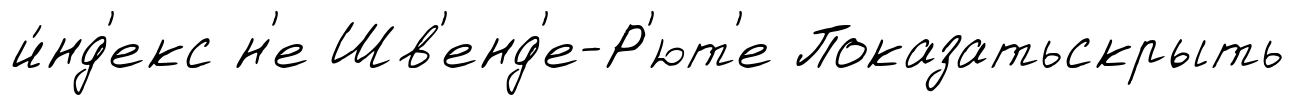
и́нд'екс н'е Шв'енд'е-Р'ют'е Показатьскрыть